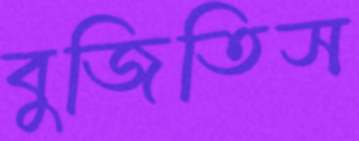
বুজিতিস